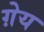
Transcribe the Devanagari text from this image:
ग़ेय